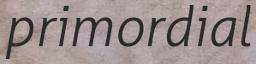
primordial